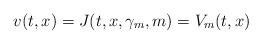
LaTeX: \begin{align*}v(t,x)= J(t,x,\gamma_m,m) = V_m(t,x)\end{align*}